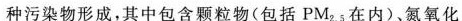
种污染物形成，其中包含颗粒物(包括PM_{2.5}在内)。氮氧化